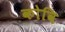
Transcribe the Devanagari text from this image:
कोवि